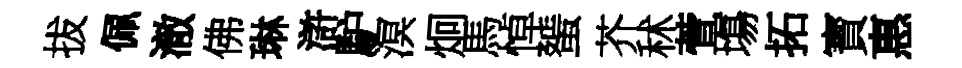
拔佩澈佛琳滸馿溟炯馬悼蜑芥秫萱塲拓寳惠